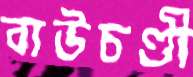
বাউচণ্ডী